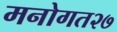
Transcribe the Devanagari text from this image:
मनोगत२७